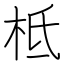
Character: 柢